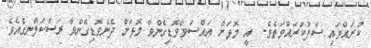
ކުރައްވައި ސާފުކުރައްވަތެވެ.  އީ މޮޅަށް އައްސަވާވޮޑިގެންވާ މޮޅަށް ދެނެވޮޑިގެންވާ ރަސްކަލާނގެއެވެ.